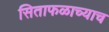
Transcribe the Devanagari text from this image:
सिताफळाच्याच